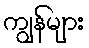
ကျွန်များ